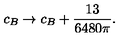
c _ { B } \rightarrow c _ { B } + \frac { 1 3 } { 6 4 8 0 \pi } .